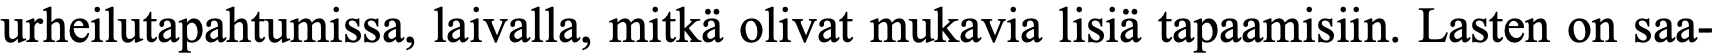
urheilutapahtumissa, laivalla, mitkä olivat mukavia lisiä tapaamisiin. Lasten on saa-